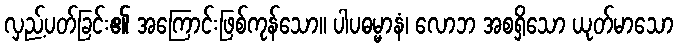
လှည့်ပတ်ခြင်း၏ အကြောင်းဖြစ်ကုန်သော။ ပါပဓမ္မာနံ၊ လောဘ အစရှိသော ယုတ်မာသော